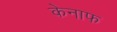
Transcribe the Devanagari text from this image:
केनाफ